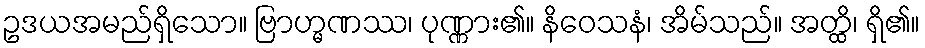
ဥဒယအမည်ရှိသော။ ဗြာဟ္မဏဿ၊ ပုဏ္ဏား၏။ နိဝေသနံ၊ အိမ်သည်။ အတ္ထိ၊ ရှိ၏။